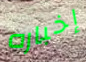
إخباره